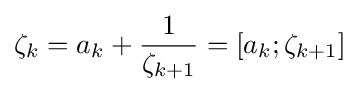
\zeta _{k}=a_{k}+{\frac {1}{\zeta _{k+1}}}=[a_{k};\zeta _{k+1}]